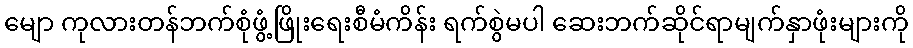
မျော ကုလားတန်ဘက်စုံဖွံ့ဖြိုးရေးစီမံကိန်း ရက်စွဲမပါ ဆေးဘက်ဆိုင်ရာမျက်နှာဖုံးများကို